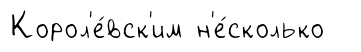
Корол'е́вск'им н'е́сколько